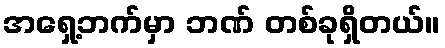
အရှေ့ဘက်မှာ ဘဏ် တစ်ခုရှိတယ်။